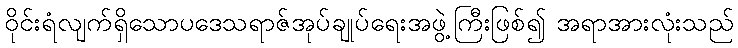
ဝိုင်းရံလျက်ရှိသောပဒေသရာဇ်အုပ်ချုပ်ရေးအဖွဲ့ကြီးဖြစ်၍ အရာအားလုံးသည်